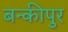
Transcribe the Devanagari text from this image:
बन्कीपुर